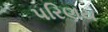
પરિણય